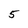
Character: 5